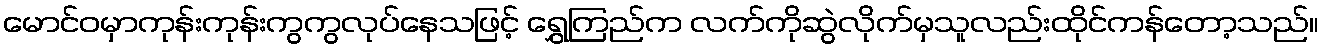
မောင်ဝမှာကုန်းကုန်းကွကွလုပ်နေသဖြင့် ရွှေကြည်က လက်ကိုဆွဲလိုက်မှသူလည်းထိုင်ကန်တော့သည်။